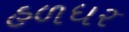
હળધર